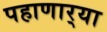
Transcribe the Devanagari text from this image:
पहाणार्‍या